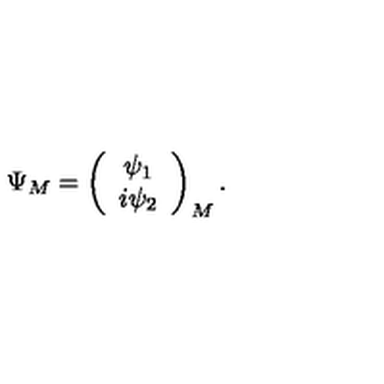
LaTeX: \Psi _ { M } = \left( \begin{array} { c l c r } { \psi _ { 1 } } \\ { i \psi _ { 2 } } \\ \end{array} \right) _ { M } .